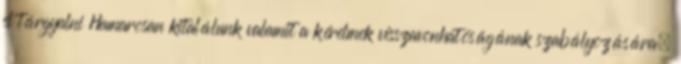
el tárgyalni Hamarosan kitalálunk valamit a kérelmek visszavonhatóságának szabályozására,